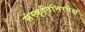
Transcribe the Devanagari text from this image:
संस्कृतिनिरपेक्ष